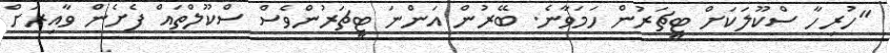
"ހުރިހާ ސްކޫލަކަށް ޓީޗަރުން ހަމަވާނެ. ބޭރުން އަންނަ ޓީޗަރުންވެސް ސްކޫލްތައް ފެށެން ވާއިރަށް